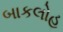
બાકલોહ